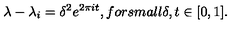
\lambda - \lambda _ { i } = \delta ^ { 2 } e ^ { 2 \pi i t } , f o r s m a l l \delta , t \in [ 0 , 1 ] .